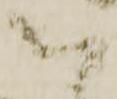
以